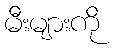
မီးများကို